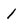
Character: 1